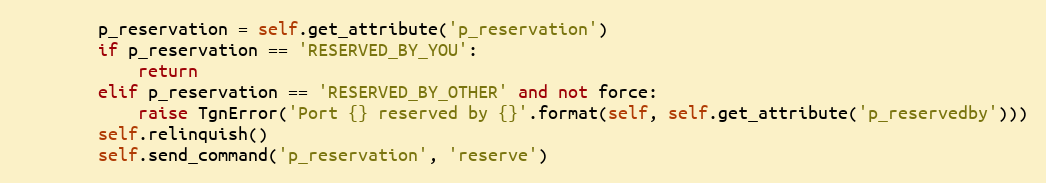
Language: Python
        p_reservation = self.get_attribute('p_reservation')
        if p_reservation == 'RESERVED_BY_YOU':
            return
        elif p_reservation == 'RESERVED_BY_OTHER' and not force:
            raise TgnError('Port {} reserved by {}'.format(self, self.get_attribute('p_reservedby')))
        self.relinquish()
        self.send_command('p_reservation', 'reserve')